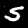
Label: 5